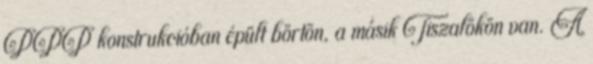
PPP konstrukcióban épült börtön, a másik Tiszalökön van. A